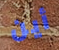
أين